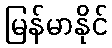
မြန်မာနိုင်